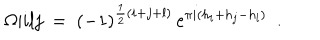
\Omega \vert { i } { l } { j } \ = \ ( - 1 ) ^ { \frac 1 2 ( i + j + l ) } \, e ^ { \pi i ( h _ { i } + h _ { j } - h _ { l } ) } \ \ .